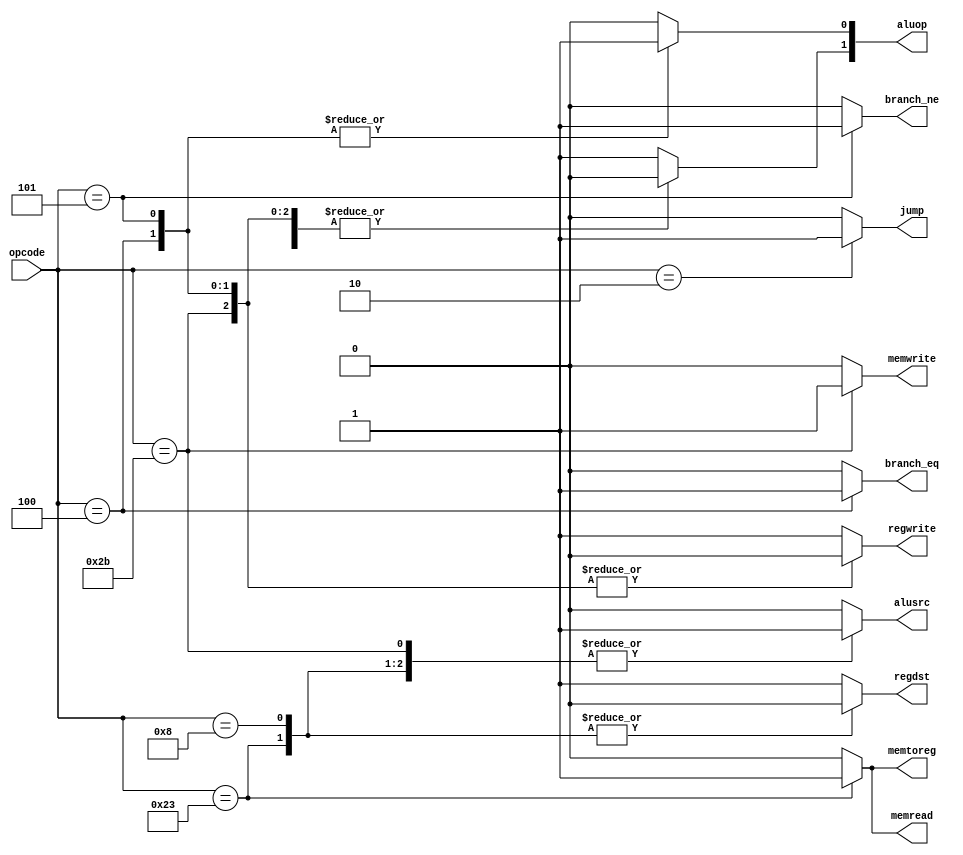
// This program was cloned from: https://github.com/jmahler/mips-cpu
// License: GNU General Public License v3.0

`ifndef _control
`define _control

module control(
		input  wire	[5:0]	opcode,
		output reg			branch_eq, branch_ne,
		output reg [1:0]	aluop,
		output reg			memread, memwrite, memtoreg,
		output reg			regdst, regwrite, alusrc,
		output reg			jump);

	always @(*) begin
		/* defaults */
		aluop[1:0]	<= 2'b10;
		alusrc		<= 1'b0;
		branch_eq	<= 1'b0;
		branch_ne	<= 1'b0;
		memread		<= 1'b0;
		memtoreg	<= 1'b0;
		memwrite	<= 1'b0;
		regdst		<= 1'b1;
		regwrite	<= 1'b1;
		jump		<= 1'b0;

		case (opcode)
			6'b100011: begin	/* lw */
				memread  <= 1'b1;
				regdst   <= 1'b0;
				memtoreg <= 1'b1;
				aluop[1] <= 1'b0;
				alusrc   <= 1'b1;
			end
			6'b001000: begin	/* addi */
				regdst   <= 1'b0;
				aluop[1] <= 1'b0;
				alusrc   <= 1'b1;
			end
			6'b000100: begin	/* beq */
				aluop[0]  <= 1'b1;
				aluop[1]  <= 1'b0;
				branch_eq <= 1'b1;
				regwrite  <= 1'b0;
			end
			6'b101011: begin	/* sw */
				memwrite <= 1'b1;
				aluop[1] <= 1'b0;
				alusrc   <= 1'b1;
				regwrite <= 1'b0;
			end
			6'b000101: begin	/* bne */
				aluop[0]  <= 1'b1;
				aluop[1]  <= 1'b0;
				branch_ne <= 1'b1;
				regwrite  <= 1'b0;
			end
			6'b000000: begin	/* add */
			end
			6'b000010: begin	/* j jump */
				jump <= 1'b1;
			end
		endcase
	end
endmodule

`endif